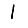
Digit: 1